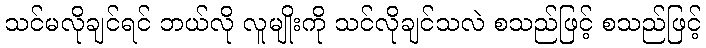
သင်မလိုချင်ရင် ဘယ်လို လူမျိုးကို သင်လိုချင်သလဲ စသည်ဖြင့် စသည်ဖြင့်